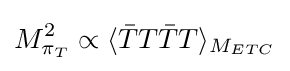
M_{\pi _{T}}^{2}\propto \langle {\bar {T}}T{\bar {T}}T\rangle _{M_{ETC}}